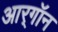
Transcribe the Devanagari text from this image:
आर्‌गॉन